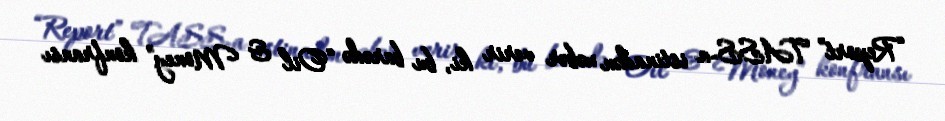
“Report” TASS-a istinadən xəbər verir ki, bu barədə “Oil & Money” konfransı